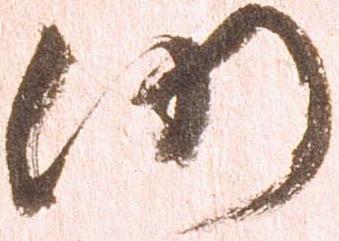
仍